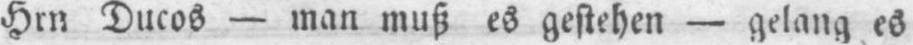
Hrn Ducos - man muß es gestehen - gelang es